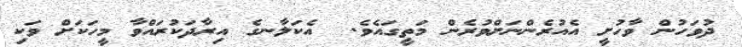
ދުވަހުން ވާހުށީ އެއުރެންނަށްވުރެން މަތީގައެވެ.  އެކަލާނގެ އިރާދަކުރައްވާ މީހަކަށް ވަކި